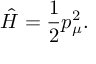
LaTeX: { \hat { H } } = \frac { 1 } { 2 } p _ { \mu } ^ { 2 } .